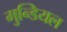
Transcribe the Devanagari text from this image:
मुन्डियल